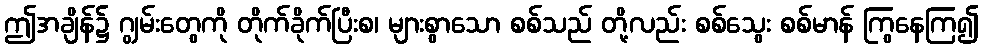
ဤအချိန်၌ ဂျွမ်းတွေကို တိုက်ခိုက်ပြီးစ၊ များစွာသော စစ်သည် တို့လည်း စစ်သွေး စစ်မာန် ကြွနေကြ၍